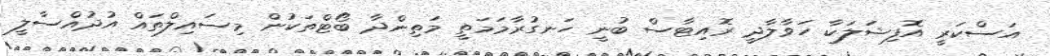
އަސްކަރީ އޮފިޝަލަކާ ހަވާލާދީ ރޮއިޓާސް ބުނީ ހަނގުރާމަމަތީ މަތިންދާ ބޯޓްތަކުން މިސައިލްތައް އުދުއްސާލީ